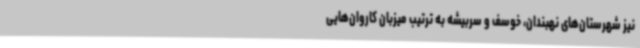
نیز شهرستان‌های نهبندان، خوسف و سربیشه به ترتیب میزبان کاروان‌هایی